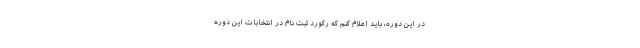
در این دوره، باید اعلام کنم که رکورد ثبت نام در انتخابات این دوره